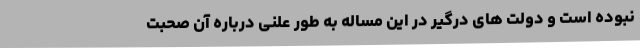
نبوده است و دولت های درگیر در این مساله به طور علنی درباره آن صحبت